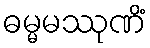
ဓမ္မမဿုဏိံ